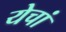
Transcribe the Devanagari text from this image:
येचां